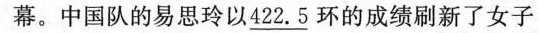
幕。中国队的易思玲以\underline{422.5}环的成绩刷新了女子